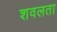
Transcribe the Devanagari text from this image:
शवलता